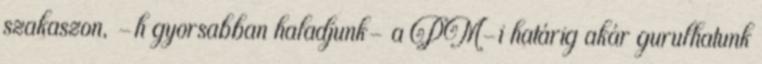
szakaszon, -h gyorsabban haladjunk- a PM-i határig akár gurulhatunk